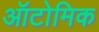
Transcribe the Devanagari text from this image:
ऑटोमिक